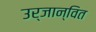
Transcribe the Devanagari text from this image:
उर्जान्वित